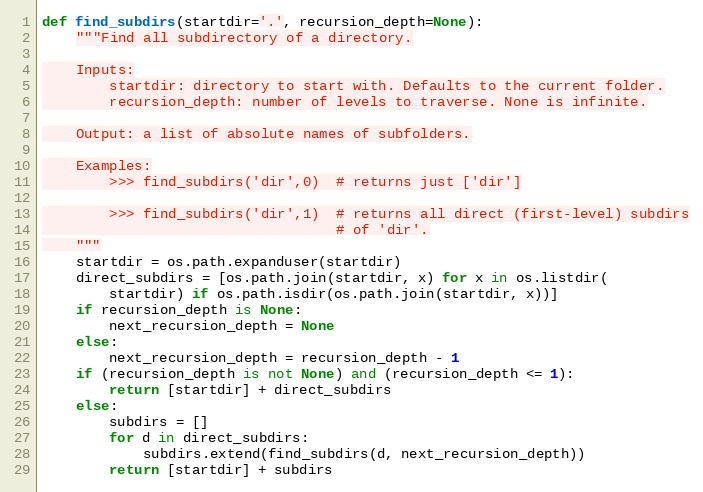
Language: Python
def find_subdirs(startdir='.', recursion_depth=None):
    """Find all subdirectory of a directory.

    Inputs:
        startdir: directory to start with. Defaults to the current folder.
        recursion_depth: number of levels to traverse. None is infinite.

    Output: a list of absolute names of subfolders.

    Examples:
        >>> find_subdirs('dir',0)  # returns just ['dir']

        >>> find_subdirs('dir',1)  # returns all direct (first-level) subdirs
                                   # of 'dir'.
    """
    startdir = os.path.expanduser(startdir)
    direct_subdirs = [os.path.join(startdir, x) for x in os.listdir(
        startdir) if os.path.isdir(os.path.join(startdir, x))]
    if recursion_depth is None:
        next_recursion_depth = None
    else:
        next_recursion_depth = recursion_depth - 1
    if (recursion_depth is not None) and (recursion_depth <= 1):
        return [startdir] + direct_subdirs
    else:
        subdirs = []
        for d in direct_subdirs:
            subdirs.extend(find_subdirs(d, next_recursion_depth))
        return [startdir] + subdirs